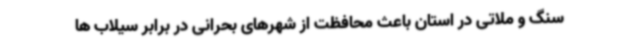
سنگ و ملاتی در استان باعث محافظت از شهرهای بحرانی در برابر سیلاب ها